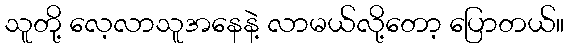
သူတို့ လေ့လာသူအနေနဲ့ လာမယ်လို့တော့ ပြောတယ်။